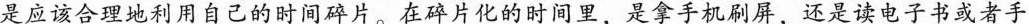
是应该合理地利用自己的时间碎片。在碎片化的时间里，是拿手机刷屏，还是读电子书或者手